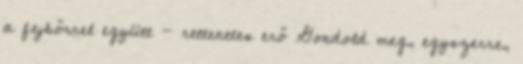
a fejbőrrel együtt - rettenetes erő Gondold meg, egyszerre,